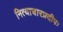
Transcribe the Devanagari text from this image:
नित्याचारप्रदीपः